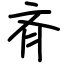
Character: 斉